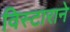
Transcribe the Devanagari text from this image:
विस्टाराने